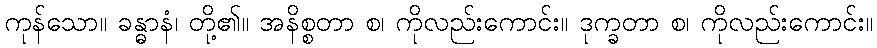
ကုန်သော။ ခန္ဓာနံ၊ တို့၏။ အနိစ္စတာ စ၊ ကိုလည်းကောင်း။ ဒုက္ခတာ စ၊ ကိုလည်းကောင်း။